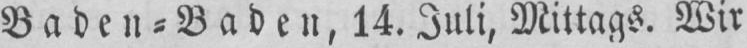
Baden⸗Baden, 14. Juli, Mittags. Wir